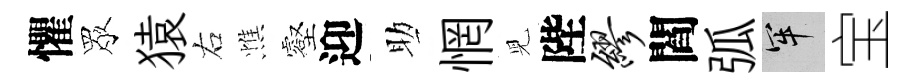
懼眾猿右憔壑迎助惘児陛缪閻弧牢宝